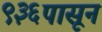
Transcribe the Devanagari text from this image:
९३६पासून